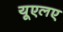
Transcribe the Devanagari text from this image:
यूएलए